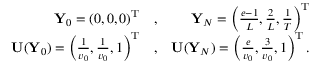
\begin{array} { r l r } { { \mathbf Y } _ { 0 } = ( 0 , 0 , 0 ) ^ { { \mathrm T } } } & { , } & { { \mathbf Y } _ { N } = \left( \frac { e - 1 } { L } , \frac { 2 } { L } , \frac { 1 } { T } \right) ^ { { \mathrm T } } } \\ { { \mathbf U } ( { \mathbf Y } _ { 0 } ) = \left( \frac { 1 } { v _ { 0 } } , \frac { 1 } { v _ { 0 } } , 1 \right) ^ { { \mathrm T } } } & { , } & { { \mathbf U } ( { \mathbf Y } _ { N } ) = \left( \frac { e } { v _ { 0 } } , \frac { 3 } { v _ { 0 } } , 1 \right) ^ { { \mathrm T } } . } \end{array}